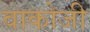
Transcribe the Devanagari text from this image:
वाकोजी